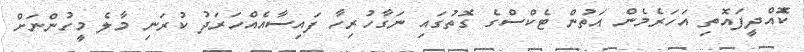
ކޮެއްދީފައޮތި އަހަރެމެން އަތުން ޓެކްސްގެ ގޮތުގައި ނަގާހުރިހާ ފައިސާއެއްހަރަދު ކުރަނި މާލެ މީހުންނަށް